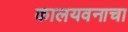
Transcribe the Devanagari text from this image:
कालयवनाचा